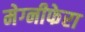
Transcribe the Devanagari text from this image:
मेग्‍नीफेरा